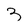
Character: 3